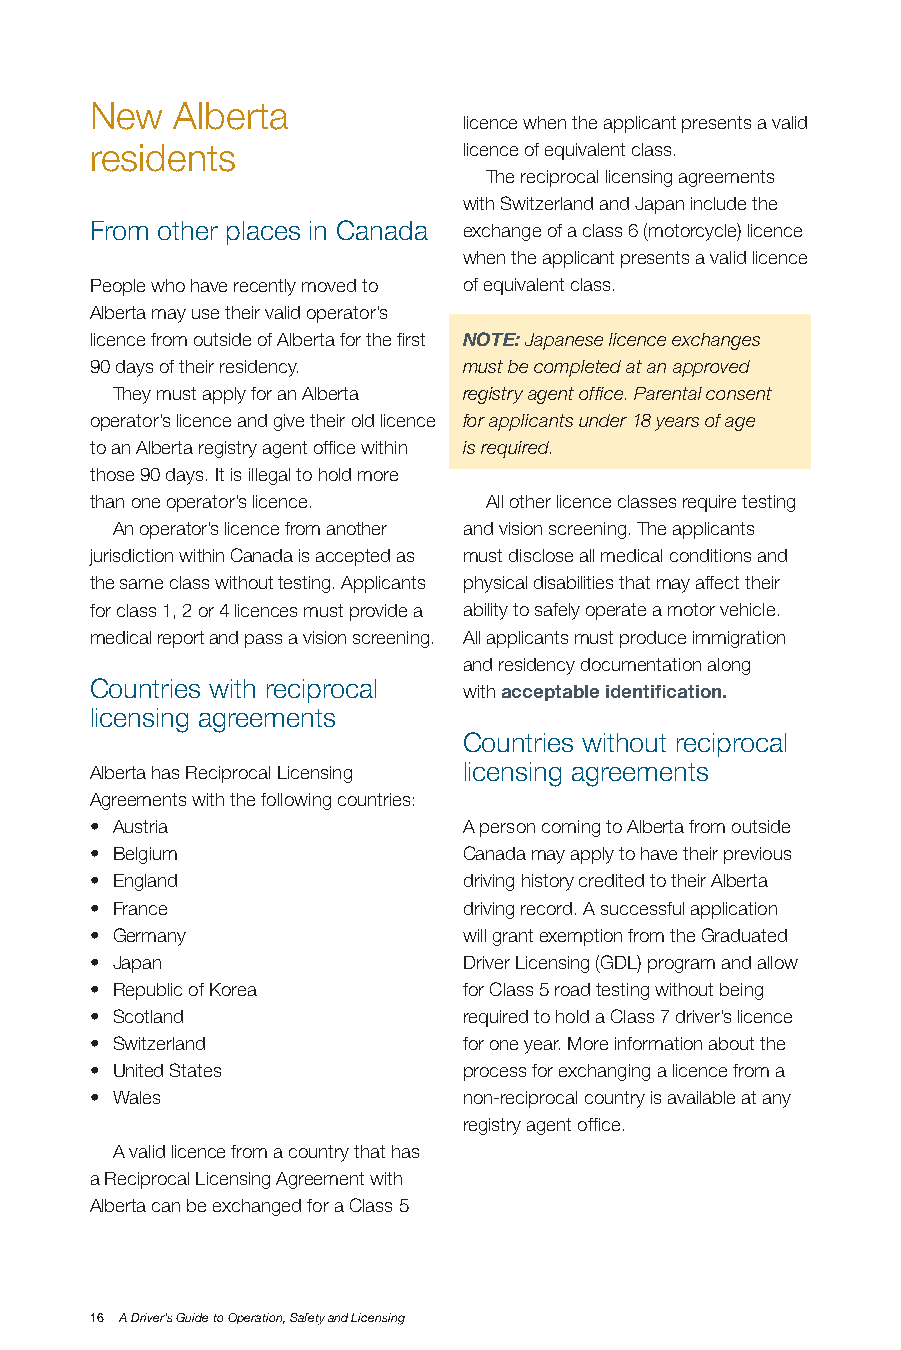
New   Alberta
 licence when the applicant presents a valid
 residents                licence of equivalent class.
 The reciprocal licensing agreements
 with Switzerland and Japan include the
 From other places in Canada exchange of a class 6 (motorcycle) licence
 when the applicant presents a valid licence
 People who have recently moved to of equivalent class.
 Alberta may use their valid operator’s
 licence from outside of Alberta for the first NOTE: Japanese licence exchanges
 90 days of their residency. must be completed at an approved
 They must apply for an Alberta registry agent office. Parental consent
 operator’s licence and give their old licence for applicants under 18 years of age
 to an Alberta registry agent office within is required.
 those 90 days. It is illegal to hold more
 than one operator’s licence. All other licence classes require testing
 An operator’s licence from another and vision screening. The applicants
 jurisdiction within Canada is accepted as must disclose all medical conditions and
 the same class without testing. Applicants physical disabilities that may affect their
 for class 1, 2 or 4 licences must provide a ability to safely operate a motor vehicle.
 medical report and pass a vision screening. All applicants must produce immigration
 and residency documentation along
 Countries with reciprocal
 with acceptable identification.
 licensing agreements
 Countries without reciprocal
 Alberta has Reciprocal Licensing licensing agreements
 Agreements with the following countries:
 • Austria                A person coming to Alberta from outside
 • Belgium                Canada may apply to have their previous
 • England                driving history credited to their Alberta
 • France                 driving record. A successful application
 • Germany                will grant exemption from the Graduated
 • Japan                  Driver Licensing (GDL) program and allow
 • Republic of Korea      for Class 5 road testing without being
 • Scotland               required to hold a Class 7 driver’s licence
 • Switzerland            for one year. More information about the
 • United States          process for exchanging a licence from a
 • Wales                  non-reciprocal country is available at any
 registry agent office.
 A valid licence from a country that has
 a Reciprocal Licensing Agreement with
 Alberta can be exchanged for a Class 5
 16 A Driver’s Guide to Operation, Safety and Licensing